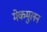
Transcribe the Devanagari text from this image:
मेकमुलन